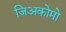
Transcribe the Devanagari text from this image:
जिअकोमो